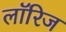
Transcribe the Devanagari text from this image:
लॉरिज